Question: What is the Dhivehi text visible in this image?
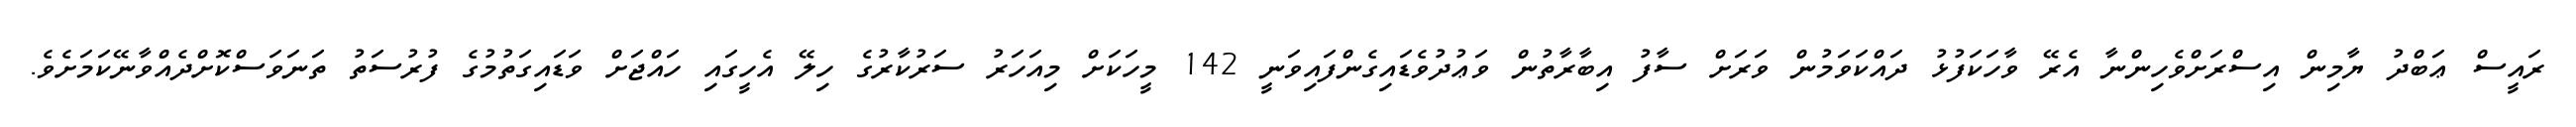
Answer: ރައީސް ޢަބްދު ޔާމިން އިސްރަށްވެހިންނާ އެރޭ ވާހަކަފުޅު ދައްކަވަމުން ވަރަށް ސާފު އިބާރާތުން ވަޢުދުވެޑައިގެންފައިވަނީ 142 މީހަކަށް މިއަހަރު ސަރުކާރުގެ ހިލޭ އެހީގައި ހައްޖަށް ވަޑައިގަތުމުގެ ފުރުސަތު ތަނަވަސްކޮށްދެއްވާނޭކަމަށެވެ.